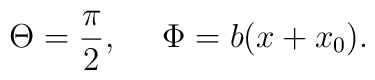
\Theta=\frac\pi2,~~~~\Phi=b(x+x_0).